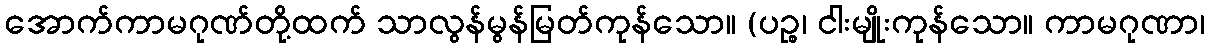
အောက်ကာမဂုဏ်တို့ထက် သာလွန်မွန်မြတ်ကုန်သော။ (ပဉ္စ၊ ငါးမျိုးကုန်သော။ ကာမဂုဏာ၊